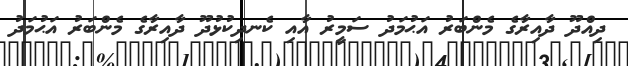
ދިއްދޫ ދާއިރާގެ މެންބަރު އަޙުމަދު ސަމީރު އާއި ކެނދިކުޅުދޫ ދާއިރާގެ މެންބަރު އަޙުމަދު